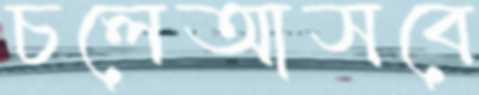
চলেআসবে